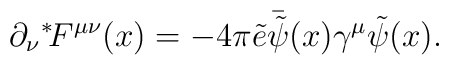
\partial_\nu {}^*\!F^{\mu\nu}(x) = - 4\pi \tilde{e} \bar{\tilde{\psi}}(x)    \gamma^\mu \tilde{\psi}(x).